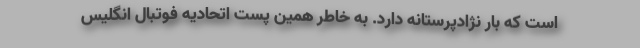
است که بار نژادپرستانه دارد. به خاطر همین پست اتحادیه فوتبال انگلیس